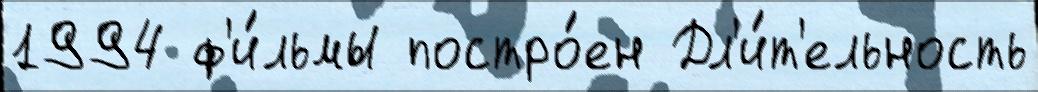
1994 ф'и́льмы постро́ен Дл'и́т'ельность